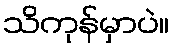
သိကုန်မှာပဲ။